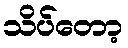
သိပ်တော့